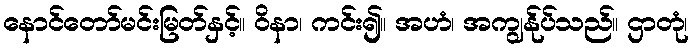
နောင်တော်မင်းမြတ်နှင့်။ ဝိနာ၊ ကင်း၍။ အဟံ၊ အကျွန်ုပ်သည်။ ဌာတုံ၊